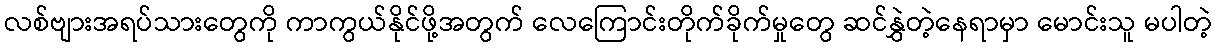
လစ်ဗျားအရပ်သားတွေကို ကာကွယ်နိုင်ဖို့အတွက် လေကြောင်းတိုက်ခိုက်မှုတွေ ဆင်နွှဲတဲ့နေရာမှာ မောင်းသူ မပါတဲ့